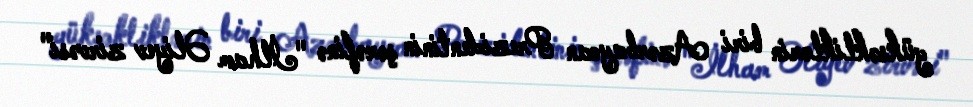
yüksəkliklərin biri Azərbaycan Prezidentinin şərəfinə "İlham Əliyev zirvəsi"